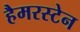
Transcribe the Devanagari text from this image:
हैमरस्टेन